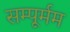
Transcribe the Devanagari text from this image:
सम्पूर्मम